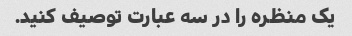
یک منظره را در سه عبارت توصیف کنید.